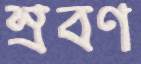
স্রবণ